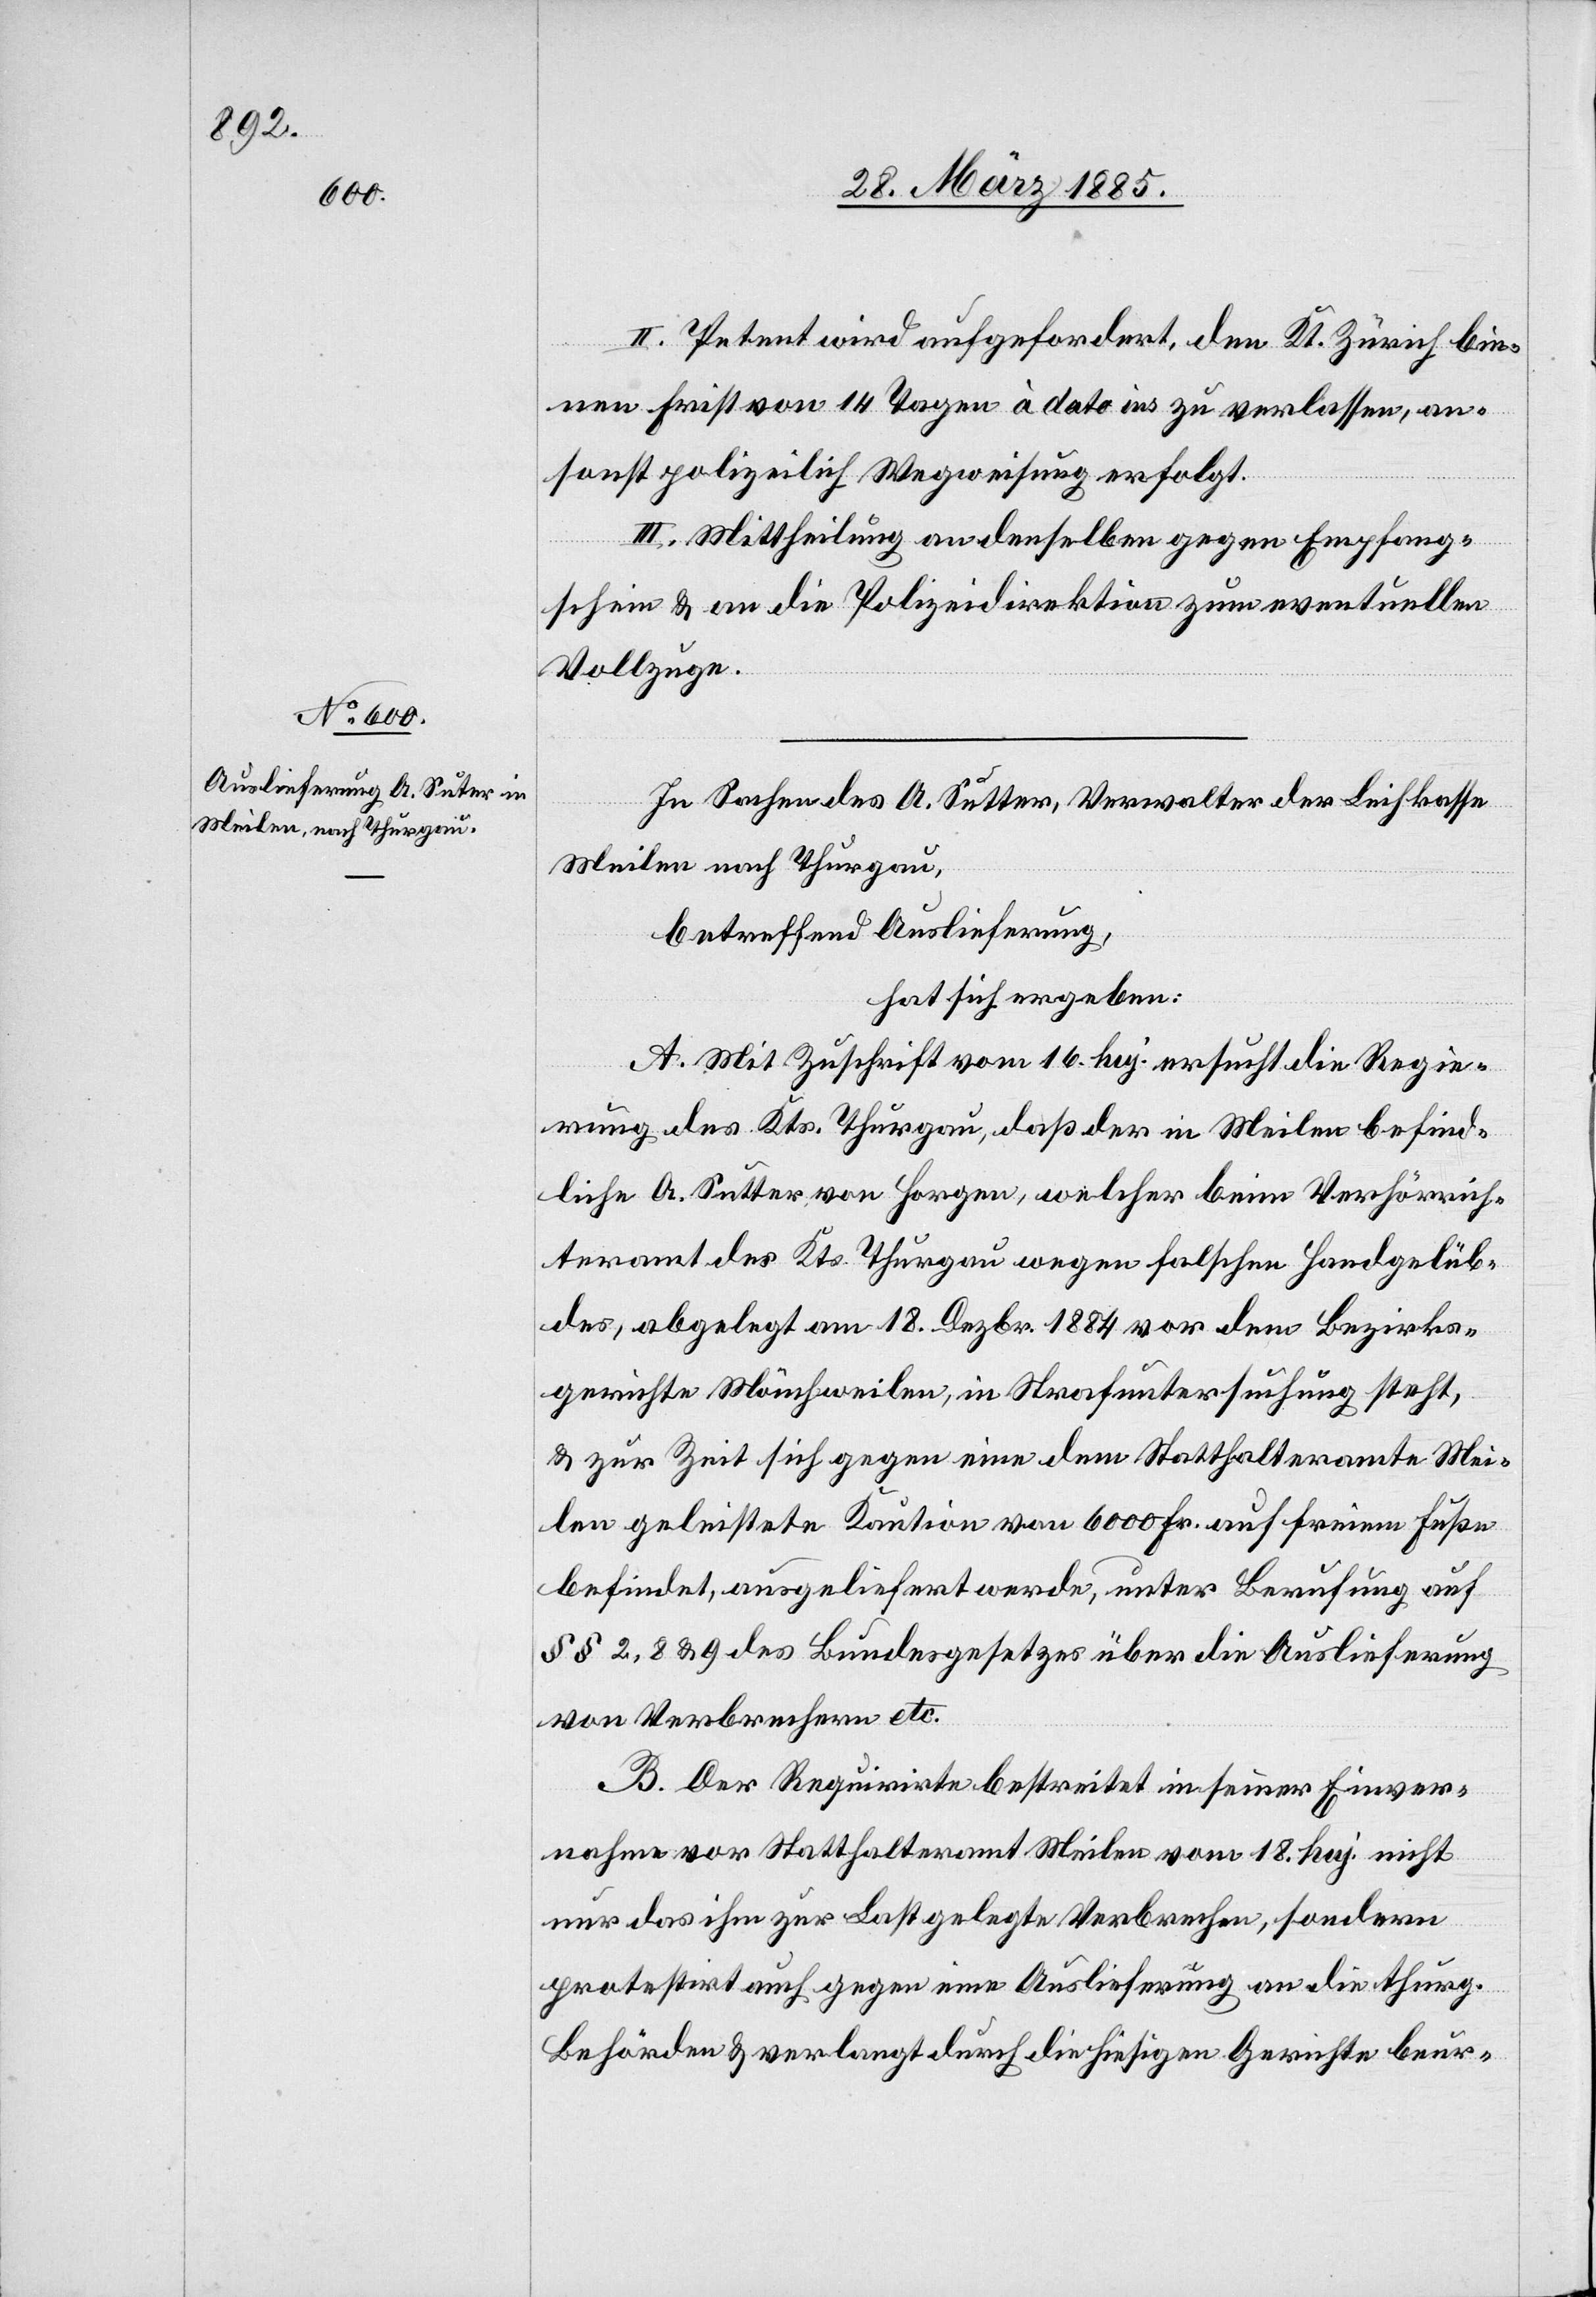
II. Petent wird aufgefordert, den Kt. Zürich bin¬
nen Frist von 14 Tagen à dato ins [sic!] zu verlassen, an¬
sonst polizeilich Wegweisung erfolgt.
In Sachen des A. Sutter, Verwalter der Leichkasse
Meilen nach Thurgau,
betreffend Auslieferung,
hat sich ergeben:
A. Mit Zuschrift vom 16. huj. ersucht die Regie¬
rung des Kts. Thurgau, daß der in Meilen befind¬
liche A. Sutter von Horgen, welcher beim Verhörrich¬
teramt des Kts. Thurgau wegen falschen Handgelüb¬
des, abgelegt am 18. Dezbr. 1884 vor dem Bezirks¬
gerichte Münchweilen, in Strafuntersuchung steht,
& zur Zeit sich gegen eine dem Statthalteramte Mei¬
len geleistete Kaution von 6000 Fr. auf freiem Fuße
befindet, ausgeliefert werde, unter Berufung auf
§§ 2, 8 & 9 des Bundesgesetzes über die Auslieferung
von Verbrechern etc.
B. Der Requirirte bestreitet in seiner Einver¬
nahme vor Statthalteramt Meilen vom 18. huj nicht
nur das ihm zur Last gelegte Verbrechen, sondern
protestirt auch gegen eine Auslieferung an die thurg.
Behörden & verlangt durch die hiesigen Gerichte beur-